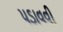
પડાવવી